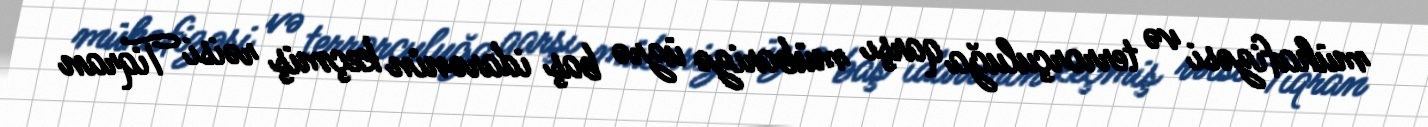
mühafizəsi və terrorçuluğa qarşı mübarizə üzrə baş idarənin keçmiş rəisi Tiqran